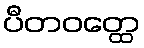
ပီတဝတ္ထေ